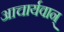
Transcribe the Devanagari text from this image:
आचार्यवान्